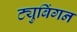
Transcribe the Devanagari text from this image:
ट्युबिंगन